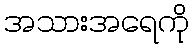
အသားအရေကို